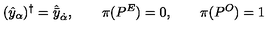
( \hat { y } _ { \alpha } ) ^ { \dagger } = \hat { \bar { y } } _ { \dot { \alpha } } , \qquad \pi ( P ^ { E } ) = 0 , \qquad \pi ( P ^ { O } ) = 1 \,